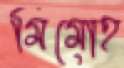
মিমোহ